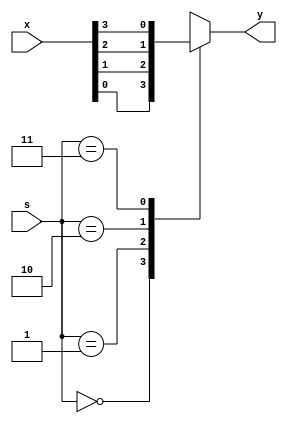
/************************************************************
* Module: mux_2x4                                     		*
* Description:  This functions as a generalized 2 to 4 mux. *
*               the width of the input and output can be    *
*               specified as a parameter.                   *
* Input parameters: width, select line, input			    *
* Returns: output of mux                                    *
* Usages: useful for selecting between various inputs		*
************************************************************/

module mux_2x4 #(parameter w = 1) (
    output reg [w - 1 : 0]y,
    input [1:0]s, input [4*w - 1 : 0]x
);

	always @(*)
		begin
			case (s)
				0: y <= x[1*w - 1 : 0];		// slice 1st output range
				1: y <= x[2*w - 1 : 1*w];	// slice 2nd output range
				2: y <= x[3*w - 1 : 2*w];	// slice 3rd output range
				3: y <= x[4*w - 1 : 3*w];	// slice 4th output range
				
				default: y <= 0; 	// default 0
			endcase
		end
endmodule